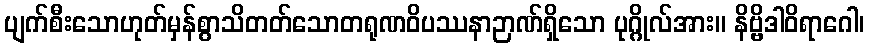
ပျက်စီးသောဟုတ်မှန်စွာသိတတ်သောတရုဏဝိပဿနာဉာဏ်ရှိသော ပုဂ္ဂိုလ်အား။ နိဗ္ဗိဒါဝိရာဂေါ၊